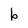
Character: b